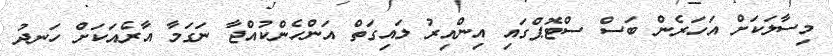
މިސާލަކަށް އަހަރެން ބަސް ސްޓޮޕްގައި އިންއިރު ލައިގަތް އަންހެންކުއްޖާ ނަގަމާ އާރެއަކަށް ހަނދު